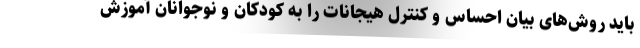
باید روش‌های بیان احساس و کنترل هیجانات را به کودکان و نوجوانان آموزش